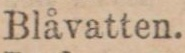
Blåvatten.